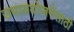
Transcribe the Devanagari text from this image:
उपाययोजनेसाठी